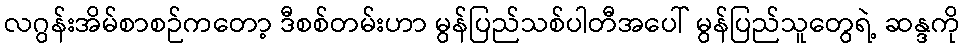
လဂွန်းအိမ်စာစဉ်ကတော့ ဒီစစ်တမ်းဟာ မွန်ပြည်သစ်ပါတီအပေါ် မွန်ပြည်သူတွေရဲ့ ဆန္ဒကို